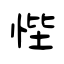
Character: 悂